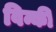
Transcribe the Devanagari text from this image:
विन्की